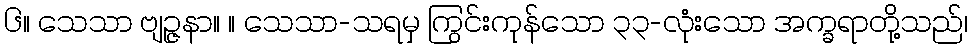
၆။ သေသာ ဗျဉ္ဇနာ။ ။ သေသာ-သရမှ ကြွင်းကုန်သော ၃၃-လုံးသော အက္ခရာတို့သည်၊